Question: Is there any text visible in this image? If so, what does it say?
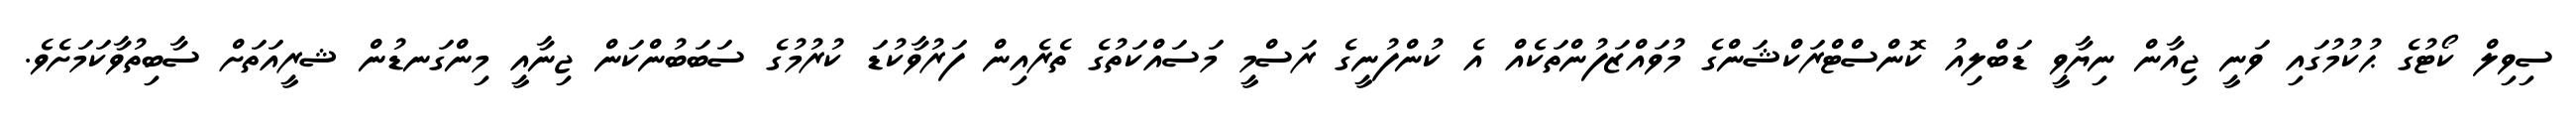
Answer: ސިވިލް ކޯޓުގެ ޙުކުމުގައި ވަނީ ޖިއާން ނިޔާވީ ޑަބްލިއު ކޮންސްޓްރަކްޝަންގެ މުވައްޒަފުންތަކެއް އެ ކުންފުނީގެ ރަސްމީ މަސައްކަތުގެ ތެރެއިން ފަރުވާކުޑަ ކުރުމުގެ ސަބަބުންކަން ޖިނާއީ މިންގަނޑުން ޝރީއަތަށް ސާބިތުވާކަމަށެވެ.